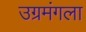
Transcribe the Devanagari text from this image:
उग्रमंगला